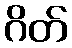
ဂိတ်